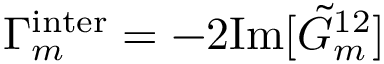
\Gamma _ { m } ^ { \mathrm { i n t e r } } = - 2 \mathrm { I m } [ \tilde { G } _ { m } ^ { 1 2 } ]